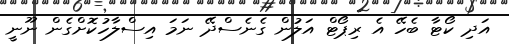
އަދި ކޯޓާ ބެހޭ އެ ރިޕޯޓް އަލުން ގެނެސްދޭ ނަމަ އިސްލާހުކޮށްގެން ނޫނީ